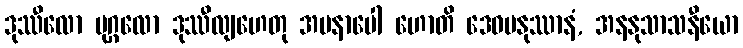
ဒုဿီလော ပုဂ္ဂလော ဒုဿီလျဟေတု အမနာပေါ ဟောတိ ဒေဝမနုဿာနံ, အနနုသာသနီယော